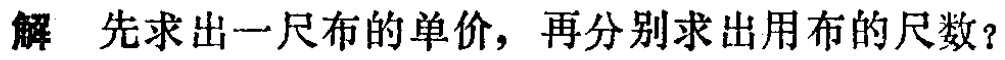
解 先求出一尺布的单价，再分别求出用布的尺数？